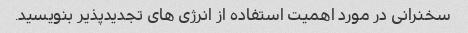
سخنرانی در مورد اهمیت استفاده از انرژی های تجدیدپذیر بنویسید.